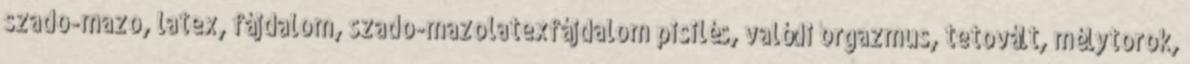
szado-mazo, latex, fájdalom, szado-mazolatexfájdalom pisilés, valódi orgazmus, tetovált, mélytorok,